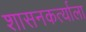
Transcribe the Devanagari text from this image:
शासनकर्त्याला